Scottish Leaving Certificate Examination, 1955
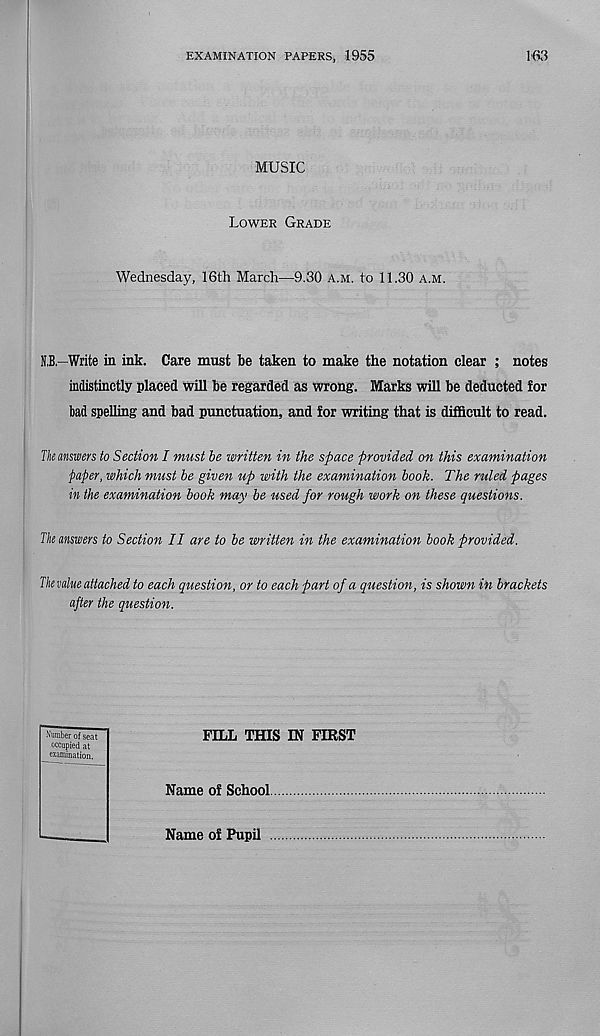
EXAMINATION PAPERS, 1955
163
MUSIC
Lower Grade
Wednesday, 16th March—9.30 a.m. to 11.30 a.m.
N.B—Write in ink. Care must be taken to make the notation clear ; notes
indistinctly placed will be regarded as wrong. Marks will be deducted for
bad spelling and bad punctuation, and for writing that is difficult to read.
The answers to Section I must be written in the space provided on this examination
paper, which must be given up with the examination book. The ruled pages
in the examination book may be used for rough work on these questions.
The answers to Section II are to be written in the examination book provided.
The value attached to each question , or to each part of a question, is shown in brackets
after the question.
Number of seat
occupied at
examination.
FILL THIS IN FIRST
Name of School.
Name of Pupil